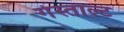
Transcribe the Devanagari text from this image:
गेस्ताल्ट